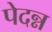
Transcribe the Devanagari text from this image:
पेदन्न